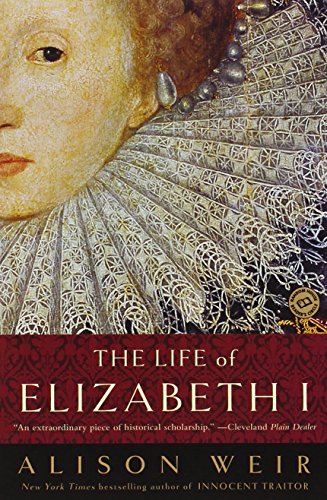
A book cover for The Life of Elizabeth I; Alison Weir; Biographies & Memoirs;